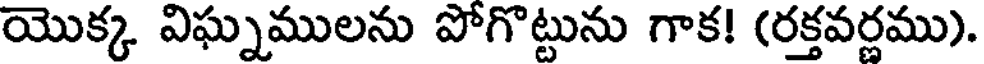
యొక్క విఘ్నములను పోగొట్టును గాక! (రక్తవర్ణము).